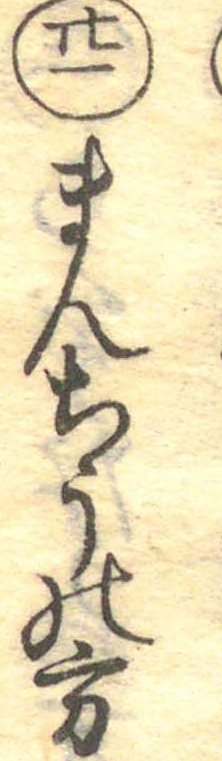
廿一まんちうの方